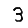
Digit: 3